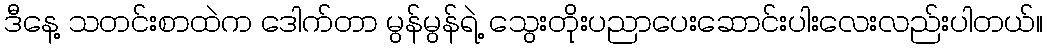
ဒီနေ့ သတင်းစာထဲက ဒေါက်တာ မွန်မွန်ရဲ့ သွေးတိုးပညာပေးဆောင်းပါးလေးလည်းပါတယ်။